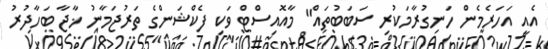
އެއީ އަހަރެމެން ހަނގުރާމަކުރި ސަބަބުތައް" މާއޮއިސްޓް ވަކި ފެކްޝަންގެ ތަރުޖަމާނު ޚާޖާ ބަހާދުރު